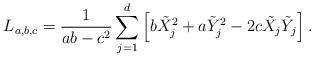
LaTeX: \begin{align*}L_{a,b,c}=\frac{1}{ab-c^{2}}\sum_{j=1}^{d}\left[ b\tilde{X}_{j}^{2}+a\tilde{Y}_{j}^{2}-2c\tilde{X}_{j}\tilde{Y}_{j}\right] . \end{align*}